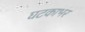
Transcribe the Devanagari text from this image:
घटकाभर